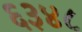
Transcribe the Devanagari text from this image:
६३४८